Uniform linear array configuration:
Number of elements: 48
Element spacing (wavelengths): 0.5
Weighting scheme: hann
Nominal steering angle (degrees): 0
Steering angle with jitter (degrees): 1.218
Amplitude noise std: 0.05
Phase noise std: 0.05

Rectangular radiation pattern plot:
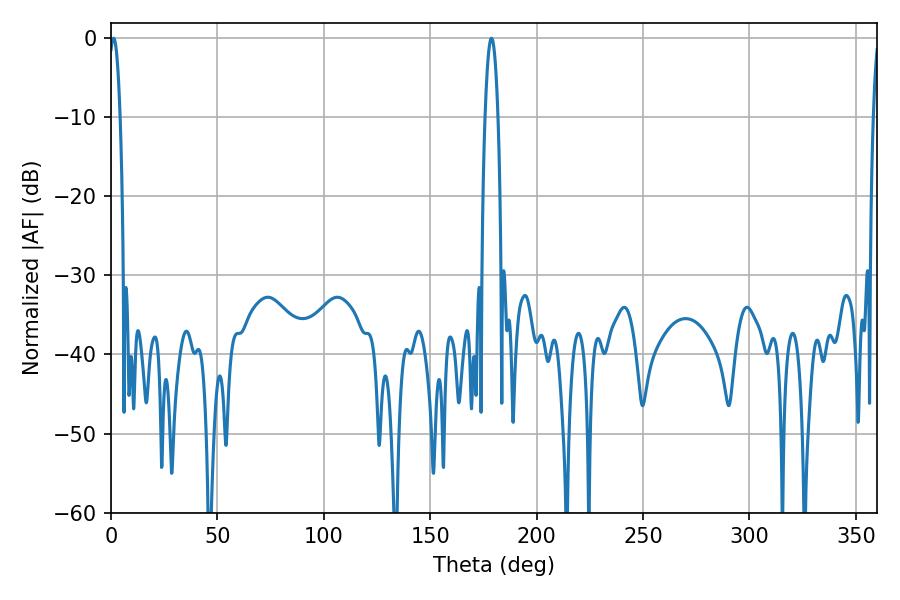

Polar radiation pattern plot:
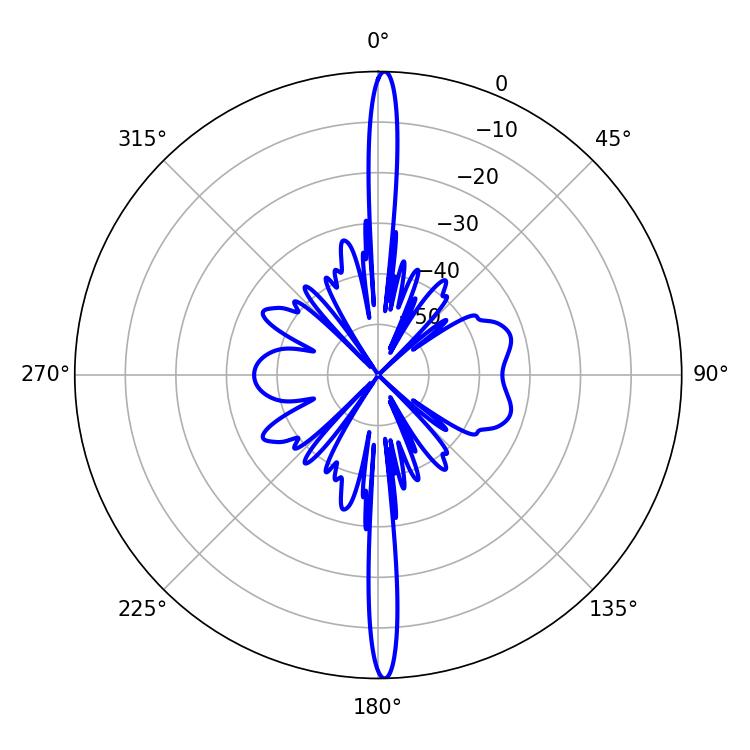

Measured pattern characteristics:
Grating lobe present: FALSE
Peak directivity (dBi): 28.492
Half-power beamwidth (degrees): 2.88
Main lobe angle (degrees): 1.26